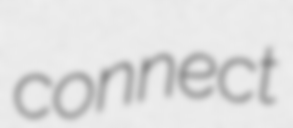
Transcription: connect